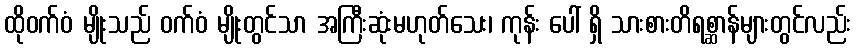
ထိုဝက်ဝံ မျိုးသည် ဝက်ဝံ မျိုးတွင်သာ အကြီးဆုံးမဟုတ်သေး၊ ကုန်း ပေါ် ရှိ သားစားတိရစ္ဆာန်များတွင်လည်း